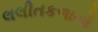
લલીતકળાનો